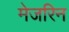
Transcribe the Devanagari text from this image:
मेजरिन